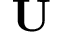
\mathbf { U }